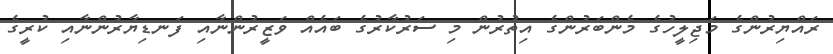
ރައްޔިރުންގެ މަޖިލީހުގެ މެންބަރުންގެ އިތުރުން މި ސަރުކާރުގެ ބައެއް ވަޒީރުންނާއި ފަނޑިޔާރުންނާއި ކުރީގެ